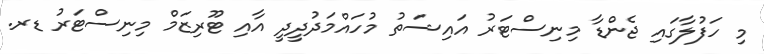
މި ހަފުލާގައި ޖެންޑާ މިނިސްޓަރު އައިޝަތު މުހައްމަދުދީދީ އާއި ޓޫރިޒަމް މިނިސްޓަރު ޑރ.